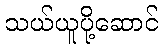
သယ်ယူပို့ဆောင်